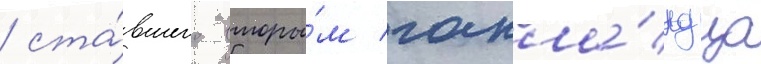
/ ста́вшего вторы́м голла́ндца